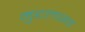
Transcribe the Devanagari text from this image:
मुद्दलासह